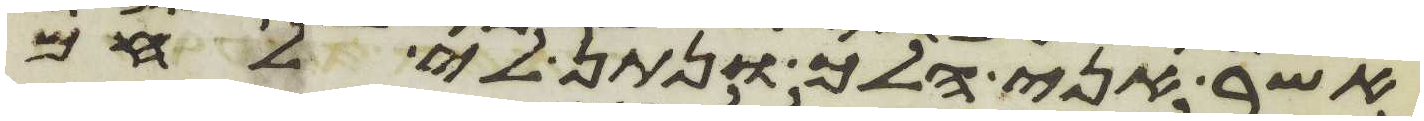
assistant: אשר אני הלך ונתן לי לחם